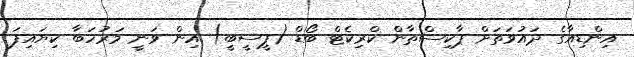
އިންޑިއާގެ ދައުވަތަށް ޕާކިސްތާން ކްރިކެޓް ބޯޑް (ޕީސީބީ) އިން ވަނީ މަރުހަބާ ކިޔައިފަ